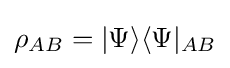
\rho _{AB}=|\Psi \rangle \langle \Psi |_{AB}